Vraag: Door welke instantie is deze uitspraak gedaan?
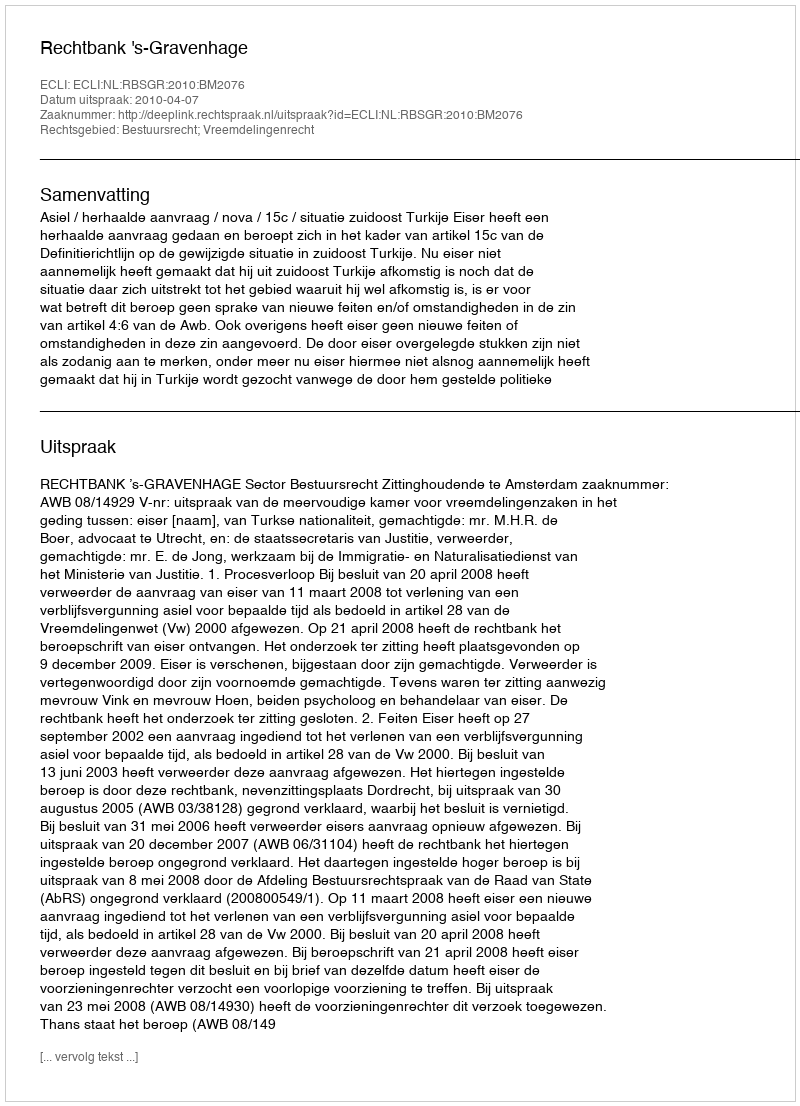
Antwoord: Rechtbank 's-Gravenhage